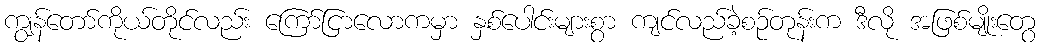
ကျွန်တော်ကိုယ်တိုင်လည်း ကြော်ငြာလောကမှာ နှစ်ပေါင်းများစွာ ကျင်လည်ခဲ့စဉ်တုန်းက ဒီလို အဖြစ်မျိုးတွေ